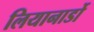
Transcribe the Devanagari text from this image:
लियानार्डो